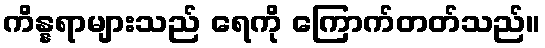
ကိန္နရာများသည် ရေကို ကြောက်တတ်သည်။